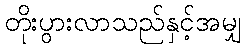
တိုးပွားလာသည်နှင့်အမျှ